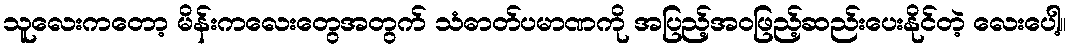
သူလေးကတော့ မိန်းကလေးတွေအတွက် သံဓာတ်ပမာဏကို အပြည့်အဝဖြည့်ဆည်းပေးနိုင်တဲ့ လေးပေါ့။